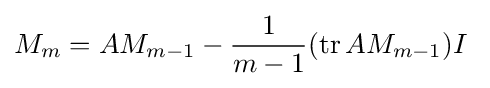
M_{m}=AM_{m-1}-{\frac {1}{m-1}}(\operatorname {tr} AM_{m-1})I~